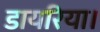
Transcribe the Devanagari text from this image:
डायरिया।